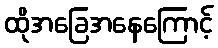
ထိုအခြေအနေကြောင့်